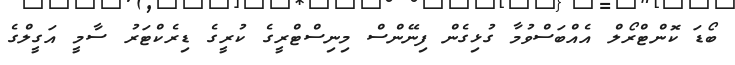
ބޯޑަ ކޮންޓްރޯލް އެއްބަސްވުމާ ގުޅިގެން ފިނޭންސް މިނިސްޓްރީގެ ކުރީގެ ޑިރެކްޓަރު ސާމީ އަގީލްގެ